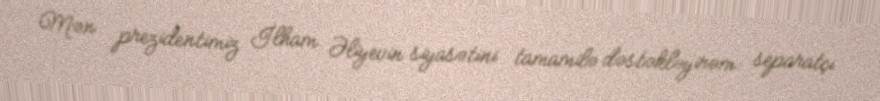
Mən prezidentimiz İlham Əliyevin siyasətini tamamilə dəstəkləyirəm: separatçı